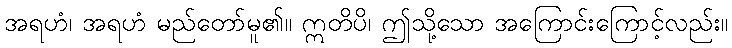
အရဟံ၊ အရဟံ မည်တော်မူ၏။ ဣတိပိ၊ ဤသို့သော အကြောင်းကြောင့်လည်း။